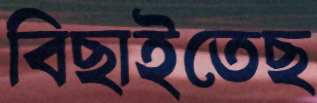
বিছাইতেছ